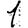
Digit: 1